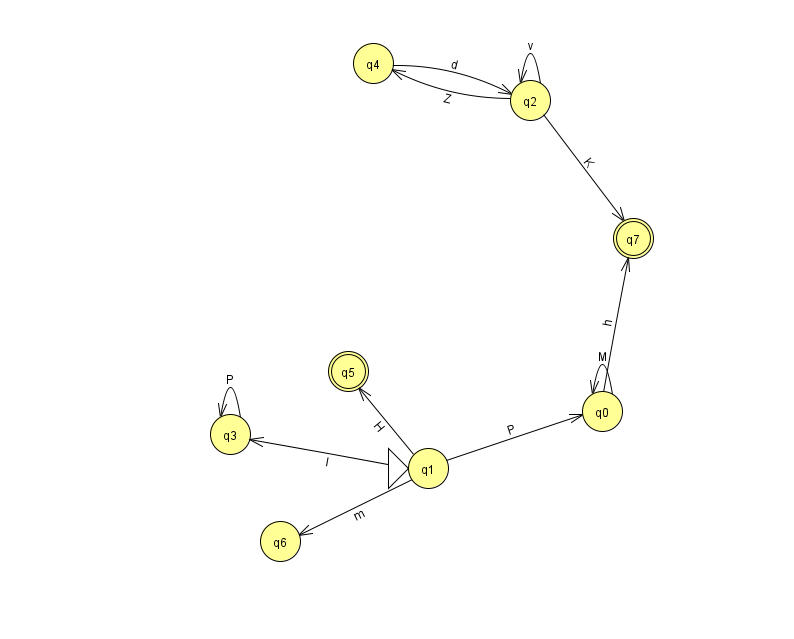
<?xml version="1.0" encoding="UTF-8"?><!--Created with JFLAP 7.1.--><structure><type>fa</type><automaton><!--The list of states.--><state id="0" name="q0"><x>602.0</x><y>398.0</y></state><state id="1" name="q1"><x>428.0</x><y>455.0</y><initial/></state><state id="2" name="q2"><x>530.0</x><y>87.0</y></state><state id="3" name="q3"><x>230.0</x><y>421.0</y></state><state id="4" name="q4"><x>373.0</x><y>50.0</y></state><state id="5" name="q5"><x>348.0</x><y>358.0</y><final/></state><state id="6" name="q6"><x>280.0</x><y>528.0</y></state><state id="7" name="q7"><x>633.0</x><y>225.0</y><final/></state><!--The list of transitions.--><transition><from>3</from><to>3</to><read>P</read></transition><transition><from>2</from><to>4</to><read>Z</read></transition><transition><from>0</from><to>7</to><read>h</read></transition><transition><from>1</from><to>6</to><read>m</read></transition><transition><from>2</from><to>2</to><read>v</read></transition><transition><from>1</from><to>3</to><read>l</read></transition><transition><from>2</from><to>7</to><read>K</read></transition><transition><from>1</from><to>0</to><read>P</read></transition><transition><from>0</from><to>0</to><read>M</read></transition><transition><from>1</from><to>5</to><read>H</read></transition><transition><from>4</from><to>2</to><read>d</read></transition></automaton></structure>